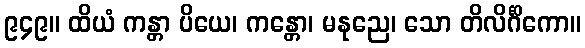
၉၄၉။ ထိယံ ကန္တာ ပိယေ၊ ကန္တော၊ မနုညေ၊ သော တိလိင်္ဂိကော။